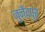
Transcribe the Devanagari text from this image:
जुनैदपुर